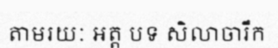
តាមរយៈ អត្ត បទ សិលាចារឹក